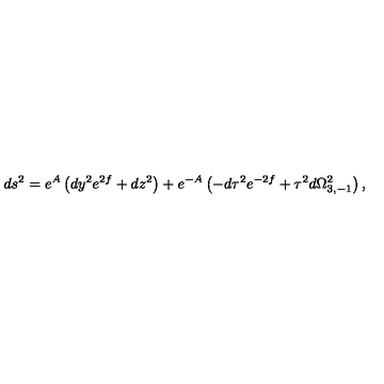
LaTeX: d s ^ { 2 } = e ^ { A } \left( d y ^ { 2 } e ^ { 2 f } + d z ^ { 2 } \right) + e ^ { - A } \left( - d \tau ^ { 2 } e ^ { - 2 f } + \tau ^ { 2 } d \Omega _ { 3 , - 1 } ^ { 2 } \right) ,